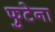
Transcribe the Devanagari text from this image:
फुटेना